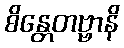
စိန္တေတဗ္ဗာနိ